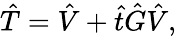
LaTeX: {\hat{T}}={\hat{V}}+{\hat{t}}\hat{G}{\hat{V}},